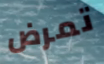
تمرض